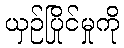
ယှဉ်ပြိုင်မှုကို